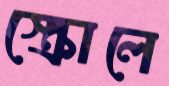
স্ক্রোলে